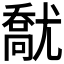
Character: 𡰘